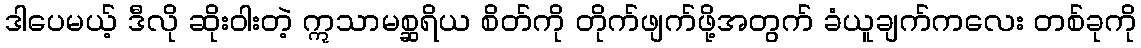
ဒါပေမယ့် ဒီလို ဆိုးဝါးတဲ့ ဣသာမစ္ဆရိယ စိတ်ကို တိုက်ဖျက်ဖို့အတွက် ခံယူချက်ကလေး တစ်ခုကို